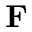
{ \bf F }